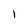
Character: I